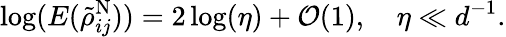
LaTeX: \log(E(\tilde{\rho}_{ij}^{\mathrm{N}}))=2\log(\eta)+\mathcal{O}(1),\quad\eta\ll d^{-1}.